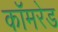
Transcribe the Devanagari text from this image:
काॅमरेड